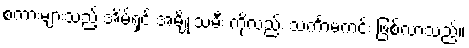
စကားများသည့် အိမ်ရှင် အမျိုးသမီး ကိုလည်း သင်္ကာမကင်း ဖြစ်လာသည်။